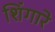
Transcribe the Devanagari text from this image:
शिंगारे